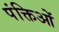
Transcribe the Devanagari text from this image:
पंक्तिओं